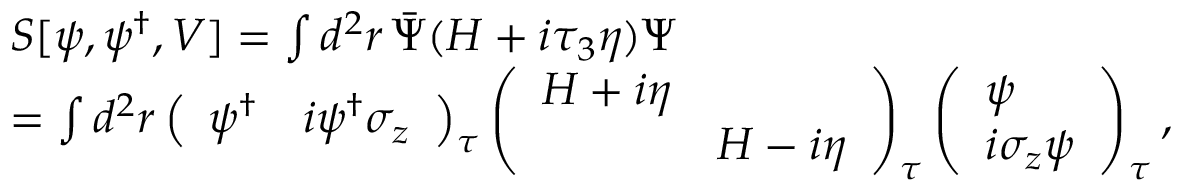
\begin{array} { r l } & { S [ \psi , { \psi } ^ { \dagger } , V ] = \int d ^ { 2 } r \, \bar { \Psi } ( { H } + i \tau _ { 3 } \eta ) \Psi } \\ & { = \int d ^ { 2 } r \left( \begin{array} { l l } { \psi ^ { \dagger } } & { i \psi ^ { \dagger } \sigma _ { z } } \end{array} \right) _ { \tau } \left( \begin{array} { l l } { H + i \eta } & \\ & { H - i \eta } \end{array} \right) _ { \tau } \left( \begin{array} { l } { \psi } \\ { i \sigma _ { z } \psi } \end{array} \right) _ { \tau } , } \\ & { } \end{array}